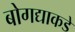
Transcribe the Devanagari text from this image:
बोगद्याकडे